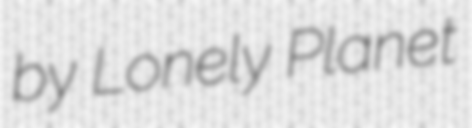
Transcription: by Lonely Planet